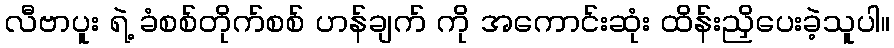
လီဗာပူး ရဲ့ ခံစစ်တိုက်စစ် ဟန်ချက် ကို အကောင်းဆုံး ထိန်းညှိပေးခဲ့သူပါ။